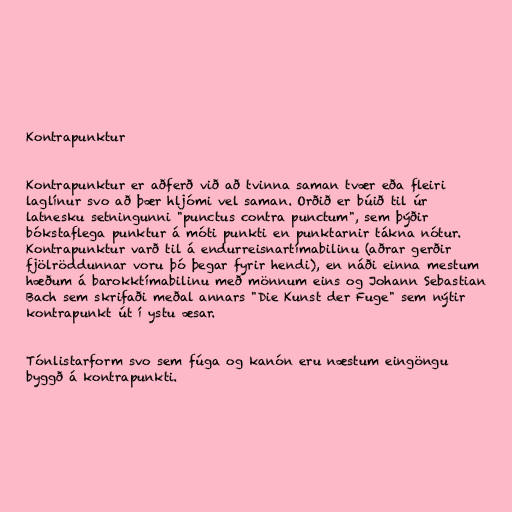
Kontrapunktur

Kontrapunktur er aðferð við að tvinna saman tvær eða fleiri
laglínur svo að þær hljómi vel saman. Orðið er búið til úr
latnesku setningunni "punctus contra punctum", sem þýðir
bókstaflega punktur á móti punkti en punktarnir tákna nótur.
Kontrapunktur varð til á endurreisnartímabilinu (aðrar gerðir
fjölröddunnar voru þó þegar fyrir hendi), en náði einna mestum
hæðum á barokktímabilinu með mönnum eins og Johann Sebastian
Bach sem skrifaði meðal annars "Die Kunst der Fuge" sem nýtir
kontrapunkt út í ystu æsar.

Tónlistarform svo sem fúga og kanón eru næstum eingöngu
byggð á kontrapunkti.